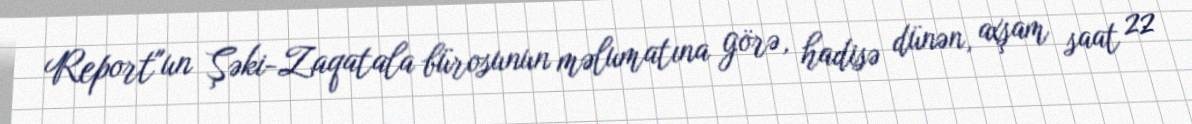
Report"un Şəki-Zaqatala bürosunun məlumatına görə, hadisə dünən, axşam saat 22